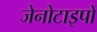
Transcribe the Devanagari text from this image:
जेनोटाइपों